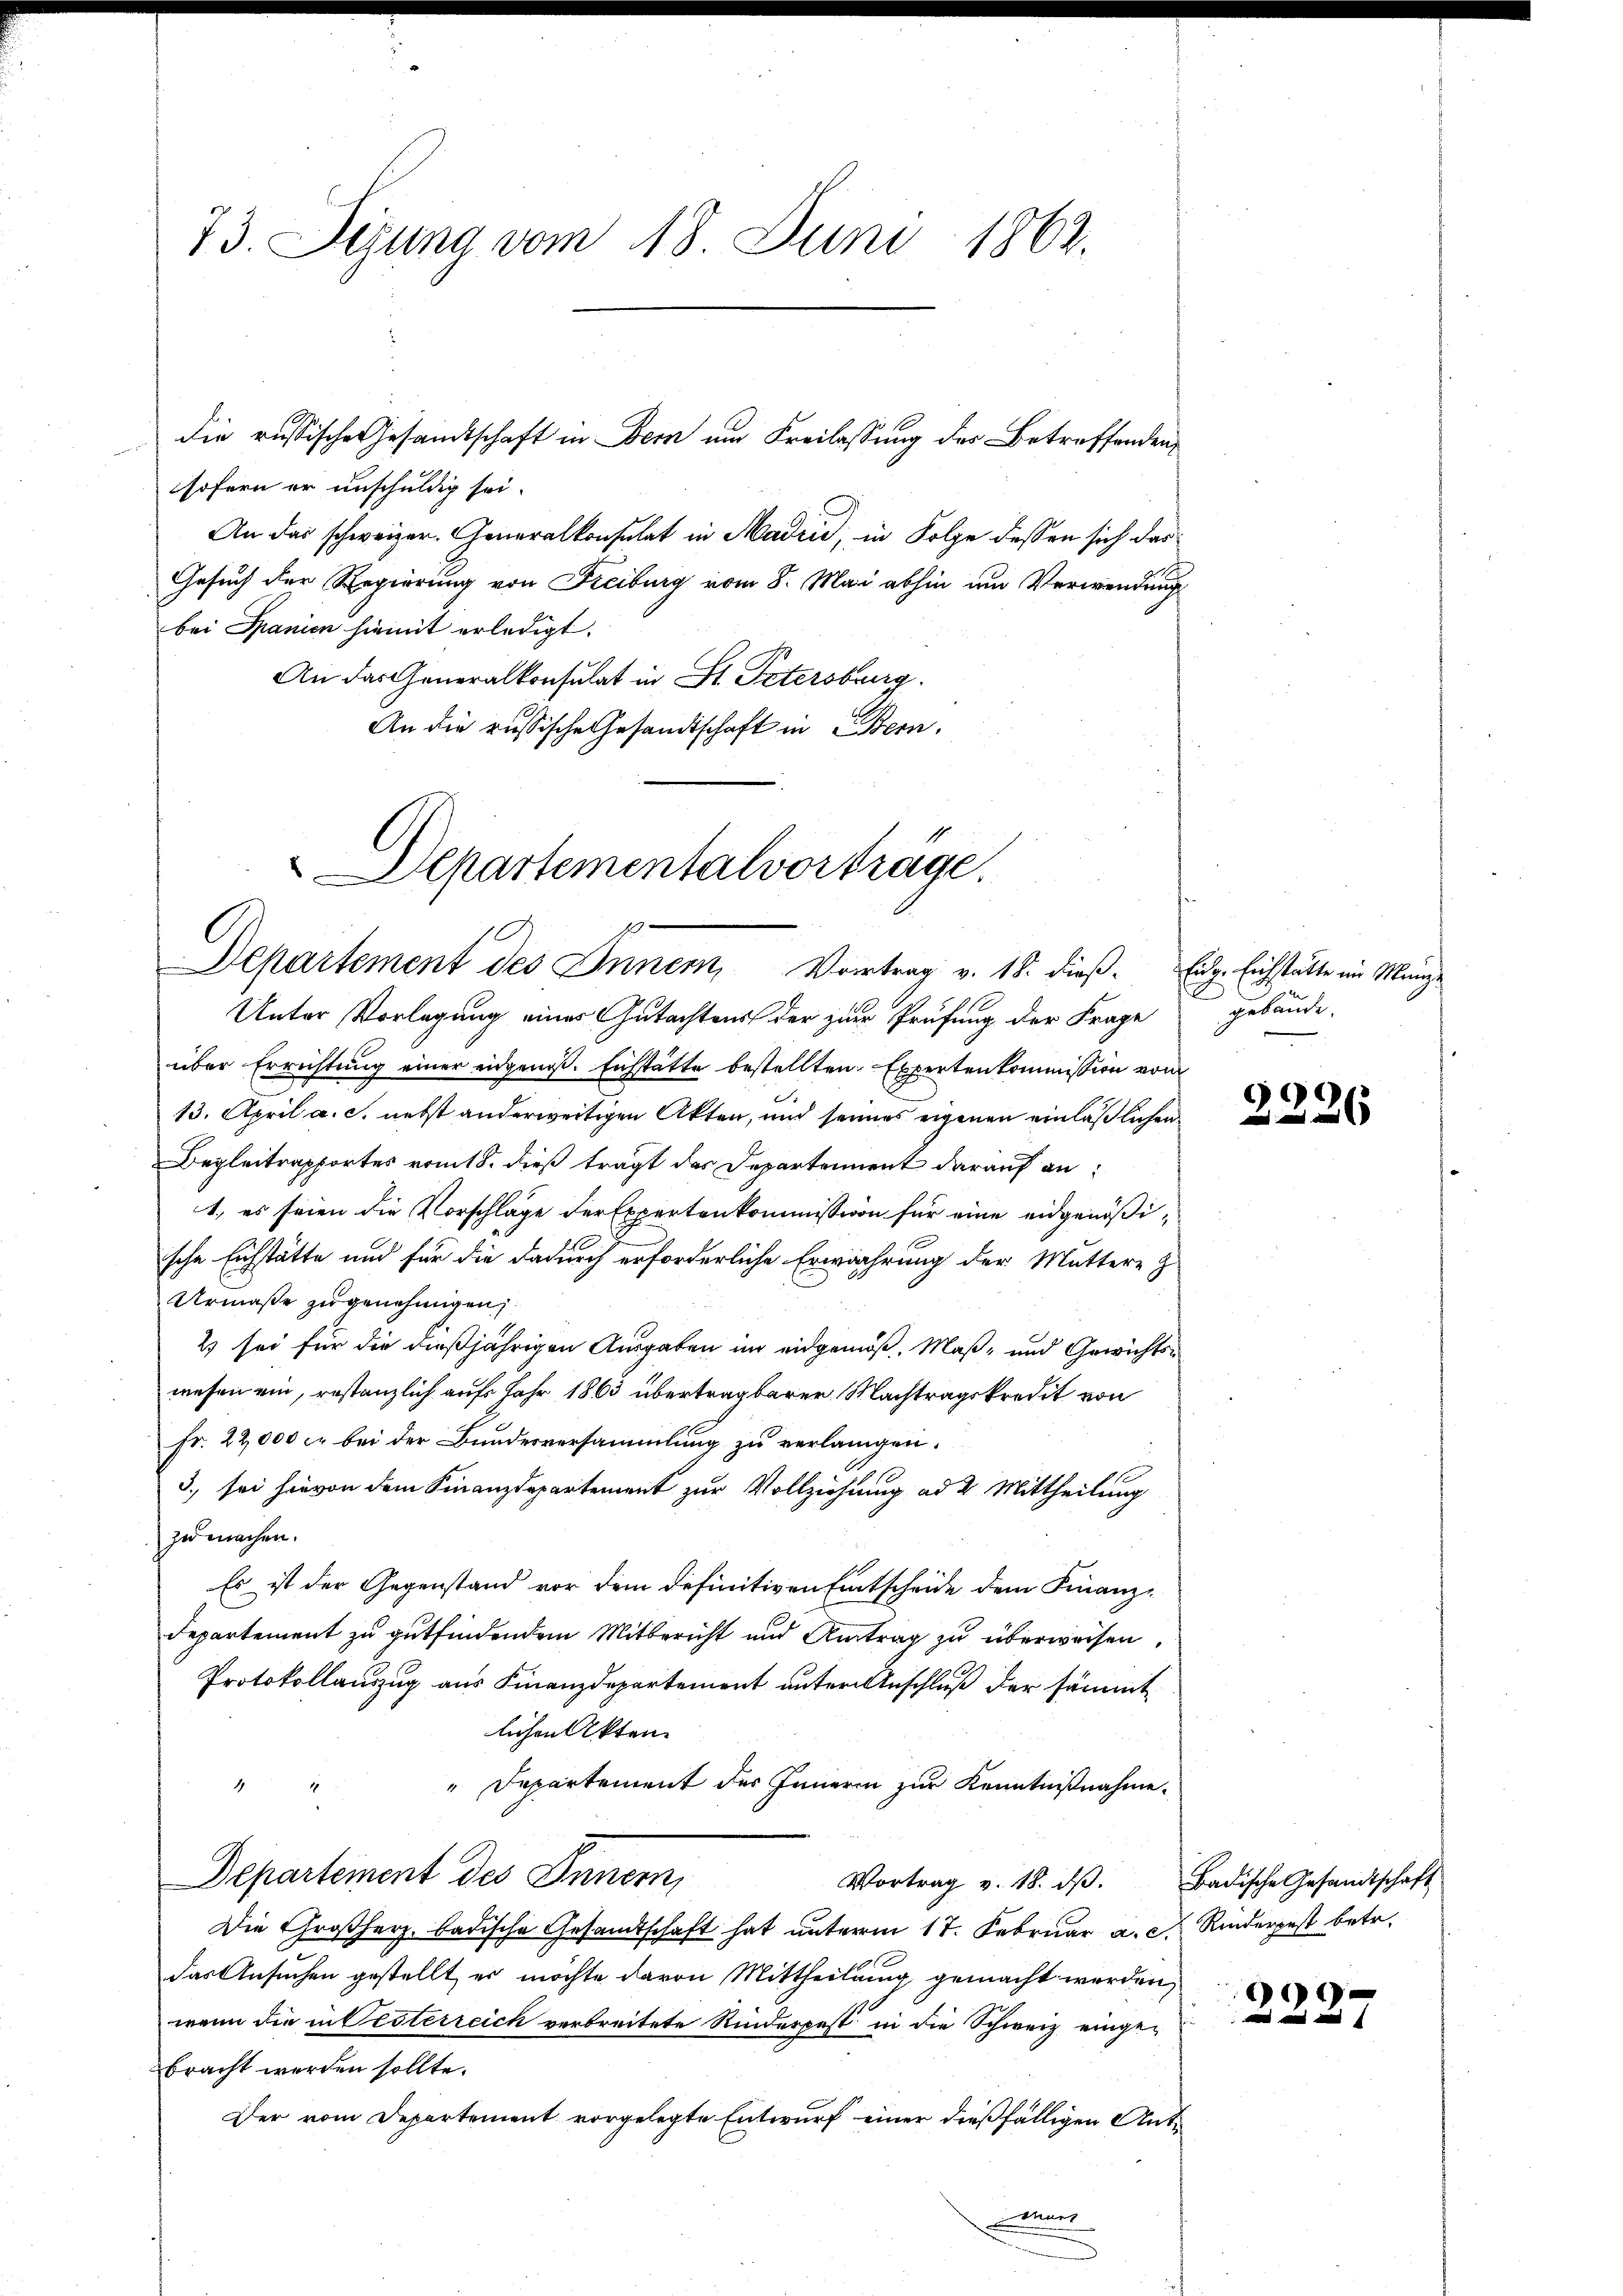
73. Segung vom 18. Juni 1862.

die russische Gesandtschaft in Bern um Freilassung des Betreffenden,
sofern er unschuldig sei.
An das schweizer. Generalkonsulat in Madrid, in Folge dessen sich das
Gesuch der Regierung von Freiburg vom 8. Mai abhin um Verwendung
bei Spanien hiemit erledigt.
An das Generalkonsulat in St. Petersburg
An die russische Gesandtschaft in Bern,
Unter Vorlegung eines Gutachtens der zur Prüfung der Frage
über Errichtŭng einer eidgeniβ. Enstätte bestellten Expertenkommission vom
13. April a. c. nebst anderweitigen Akten, und seines eigenen einläßlichen
Begleitrapportes vom 18. dieß tragt das Departement darauf an:
1. es seien die Vorschläge der Expertenkommission für eine eidgenößische Eichstätte und für die dadurch erforderliche Erwährung der Muttere z
Urmaße zu genehmigen;
2 sei für die dießjährigen Ausgaben im eidgemäß, Maß- und Gewichtswesen ein, restanzlich auf Jahr 1863 übertragbarer Machtragskredit von
Fr. 22,000 er bei der Bundesversammlung zu verlangen.
3., sei hievon dem Finanzdepartement zur Vollziehung ad 2. Mittheilung
zu machen.
Es ist der Gegenstand vor dem definitiven Entscheide dem Finanz-
Departement zu gutfindendem Mitbericht und Antrag zu überweisen,
Protokollauszug aus Finanzdepartement unter Anschluß der sämmt
lichen Akten
"Departement des Inneren zur Kenntnißnahme.
Departement des Innern,
Vortrag v. 18. dβ. Badische Gesandtschaft
Die Großherz badische Gesandtschaft hat unterm 17. Februar a. d. Rinderpest betr.
das Ansuchen gestellt, es möchte davon Mittheilung gemacht werden,
wenn die in Oesterreich verbreitete Rinderpest in die Schweiz eingebracht werden sollte.
Der vom Departement vorgelegte Entwurf einer dießfälligen Ant
ner

Departementalvorträge.
s
Departement des Innern, Vortrag v. 18. dieß. Eidg. Eichstätte im Manze

gebäude.

¬
226

.
und und und f